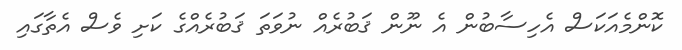
ކޮންމެއަކަސް އެހިސާބުން އެ ނޫން ޤަބުރެއް ނުވަތަ ޤަބުރެއްގެ ކަށި ވެސް އެތާގައި